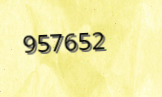
957652